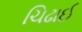
ચિઢાઈ